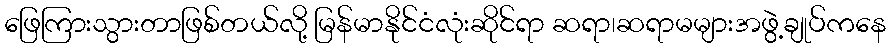
ဖြေကြားသွားတာဖြစ်တယ်လို့ မြန်မာနိုင်ငံလုံးဆိုင်ရာ ဆရာ၊ဆရာမများအဖွဲ့ချုပ်ကနေ